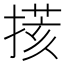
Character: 𢲧